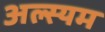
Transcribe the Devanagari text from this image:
अल्स्यम